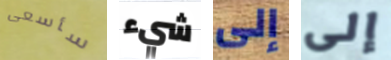
سأسعى شيء إلى إلى